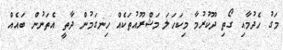
މަގު ހެދުމާއި ގޯތި ދޫކުރުމާ މިކަހަލަ މަޝްރޫއުތަކެއް ހިނގަމުން ދާތީ އެތަނުން ބައެއް